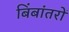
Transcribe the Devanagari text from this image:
बिंबांतरों